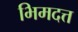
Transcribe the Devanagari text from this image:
भिमदत्त